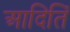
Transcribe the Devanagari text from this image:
आदितिं